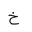
Letter: _kha